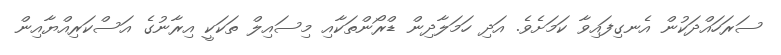
ސަރަހައްދަކުން އެނގިފައިވާ ކަމަށެވެ. އަދި ހަމަލާދިން ޑްރޯންތަކާއި މިސައިލް ތަކަކީ އިރާނުގެ އަސްކަރިއްޔާއިން